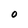
Character: O